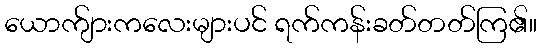
ယောက်ျားကလေးများပင် ရက်ကန်းခတ်တတ်ကြ၏။